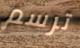
ترسم